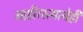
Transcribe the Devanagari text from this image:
गाडीरस्त्यानेही